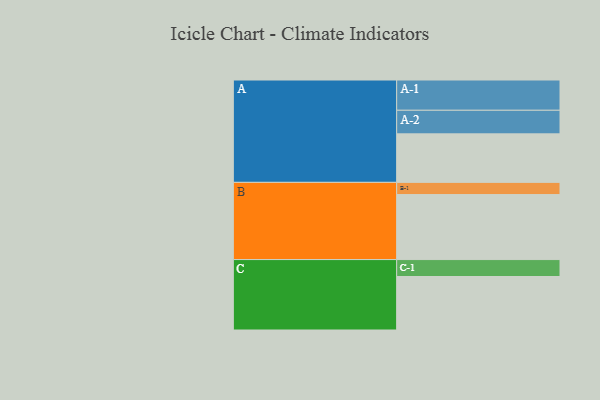
{"axis": {"x": "Segment", "y": "Value"}, "legend": ["", "A", "B", "C"], "data": [{"x": "A", "y": 401, "type": ""}, {"x": "B", "y": 537, "type": ""}, {"x": "C", "y": 442, "type": ""}, {"x": "A-1", "y": 250, "type": "A"}, {"x": "A-2", "y": 195, "type": "A"}, {"x": "B-1", "y": 101, "type": "B"}, {"x": "C-1", "y": 140, "type": "C"}]}